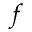
f